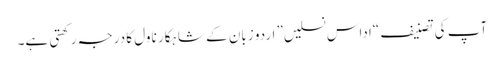
آپ کی تصنیف “اداس نسلیں” اردو زبان کے شاہکار ناول کا درجہ رکھتی ہے۔